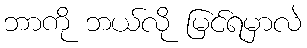
ဘာကို ဘယ်လို မြင်ရမှာလဲ